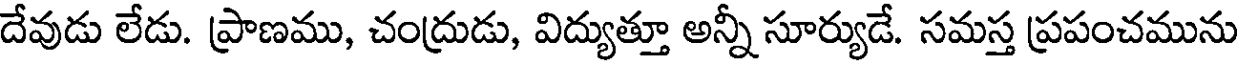
దేవుడు లేడు. ప్రాణము, చంద్రుడు, విద్యుత్తూ అన్నీ సూర్యుడే. సమస్త ప్రపంచమును